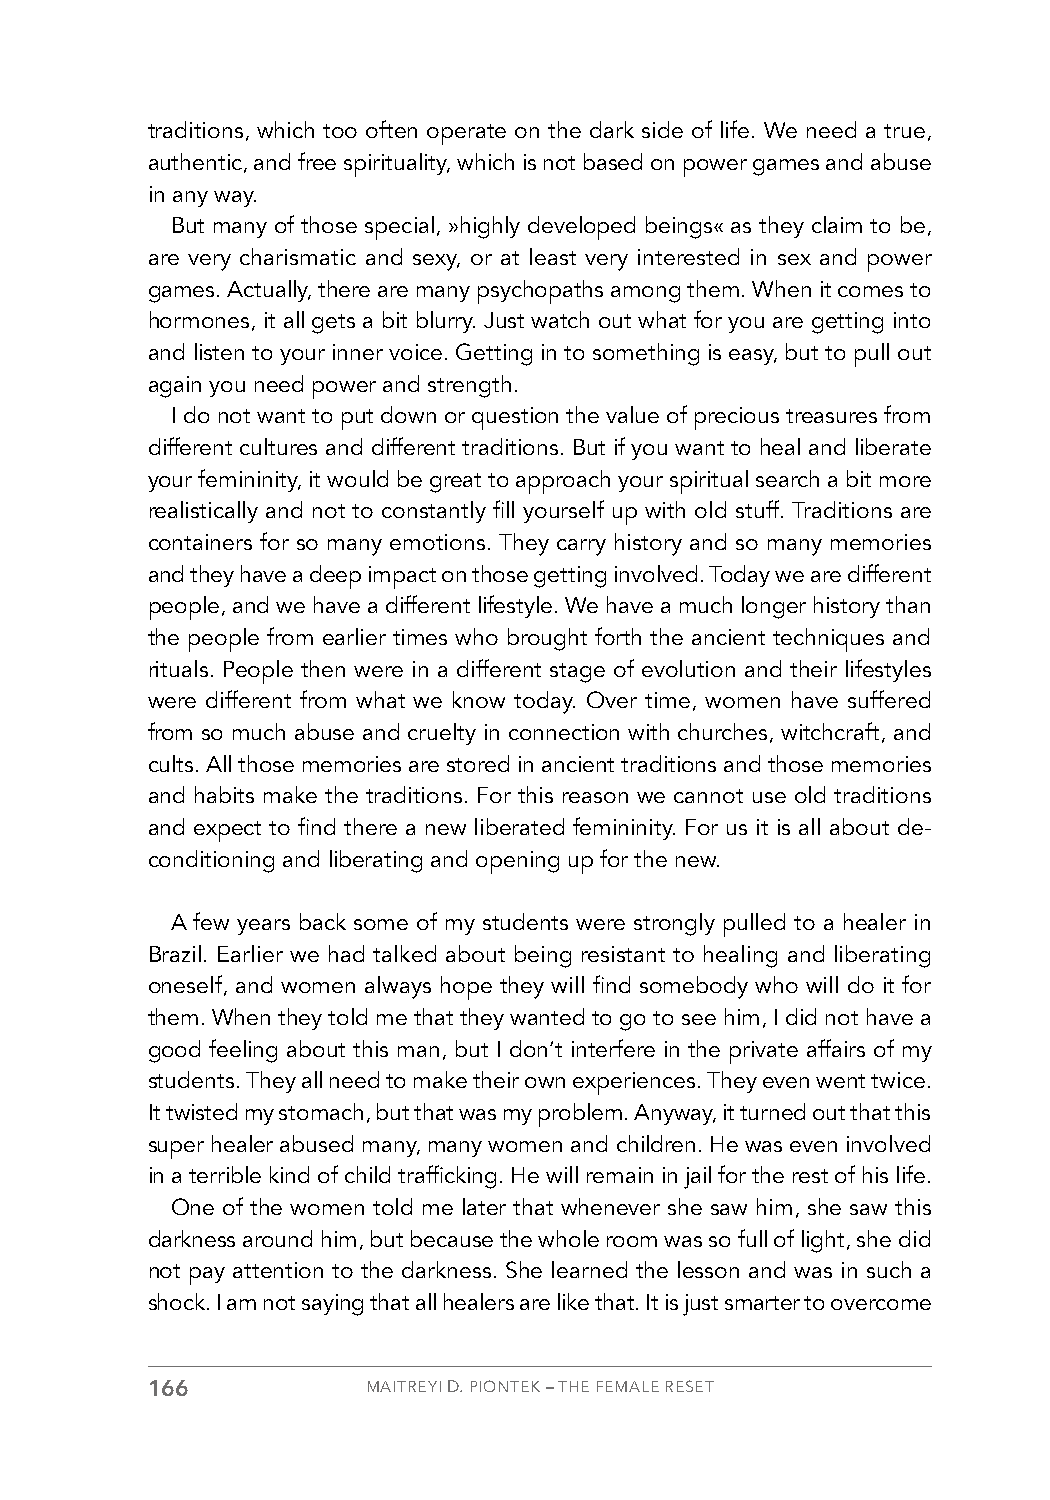
traditions, which too often operate on the dark side of life. We need a true,
 authentic, and free spirituality, which is not based on power games and abuse
 in any way.
 But many of those special, »highly developed beings« as they claim to be,
 are very charismatic and sexy, or at least very interested in sex and power
 games. Actually, there are many psychopaths among them. When it comes to
 hormones, it all gets a bit blurry. Just watch out what for you are getting into
 and listen to your inner voice. Getting in to something is easy, but to pull out
 again you need power and strength.
 I do not want to put down or question the value of precious treasures from
 different cultures and different traditions. But if you want to heal and liberate
 your femininity, it would be great to approach your spiritual search a bit more
 realistically and not to constantly fill yourself up with old stuff. Traditions are
 containers for so many emotions. They carry history and so many memories
 and they have a deep impact on those getting involved. Today we are different
 people, and we have a different lifestyle. We have a much longer history than
 the people from earlier times who brought forth the ancient techniques and
 rituals. People then were in a different stage of evolution and their lifestyles
 were different from what we know today. Over time, women have suffered
 from so much abuse and cruelty in connection with churches, witchcraft, and
 cults. All those memories are stored in ancient traditions and those memories
 and habits make the traditions. For this reason we cannot use old traditions
 and expect to find there a new liberated femininity. For us it is all about de-
 conditioning and liberating and opening up for the new.
 A few years back some of my students were strongly pulled to a healer in
 Brazil. Earlier we had talked about being resistant to healing and liberating
 oneself, and women always hope they will find somebody who will do it for
 them. When they told me that they wanted to go to see him, I did not have a
 good feeling about this man, but I don’t interfere in the private affairs of my
 students. They all need to make their own experiences. They even went twice.
 It twisted my stomach, but that was my problem. Anyway, it turned out that this
 super healer abused many, many women and children. He was even involved
 in a terrible kind of child trafficking. He will remain in jail for the rest of his life.
 One of the women told me later that whenever she saw him, she saw this
 darkness around him, but because the whole room was so full of light, she did
 not pay attention to the darkness. She learned the lesson and was in such a
 shock. I am not saying that all healers are like that. It is just smarter to overcome
 166           MAITREYI D. PIONTEK – THE FEMALE RESET